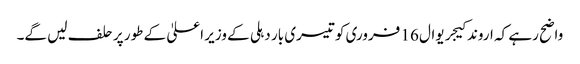
واضح رہے کہ اروند کیجریوال 16 فروری کو تیسری بار دہلی کے وزیر اعلیٰ کے طور پر حلف لیں گے۔